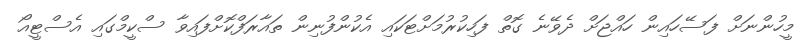
މީހުންނަށް ފަސޭހައިން ހައްޖަށް ދެވޭނެ ގޮތް ފަހިކުރުމަށްޓަކައި އެކުންފުނިން ތައާރަފްކޮށްފައިވާ ސްކީމްގައި އެސްޓީއޯ